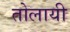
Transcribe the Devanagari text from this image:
तोलायी